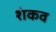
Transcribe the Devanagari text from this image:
शंकव